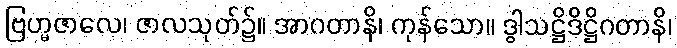
ဗြဟ္မဇာလေ၊ ဇာလသုတ်၌။ အာဂတာနိ၊ ကုန်သော။ ဒွါသဋ္ဌိဒိဋ္ဌိဂတာနိ၊